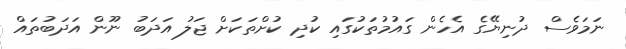
ނަމަވެސް ދުނިޔޭގެ އެހެން ގައުމުތަކުގައި ކުދި ކުށްތަކަށް ޖަލު އަދަބު ނޫން އަދަބުތައް